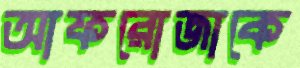
আফরোজাকে